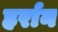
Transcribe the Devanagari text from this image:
हर्रान